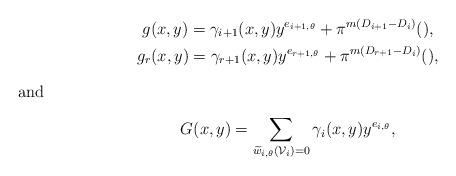
LaTeX: \begin{gather*}g(x,y)=\gamma_{i+1}(x,y)y^{e_{i+1,\theta}}+\pi^{m(D_{i+1}-D_i)}(),\\g_r(x,y)=\gamma_{r+1}(x,y)y^{e_{r+1,\theta}}+\pi^{m(D_{r+1}-D_i)}(),\\\intertext{and}G(x,y)=\sum_{\widetilde{w}_{i,\theta}(\mathcal{V}_i)=0} \gamma_i(x,y)y^{e_{i,\theta}},\end{gather*}